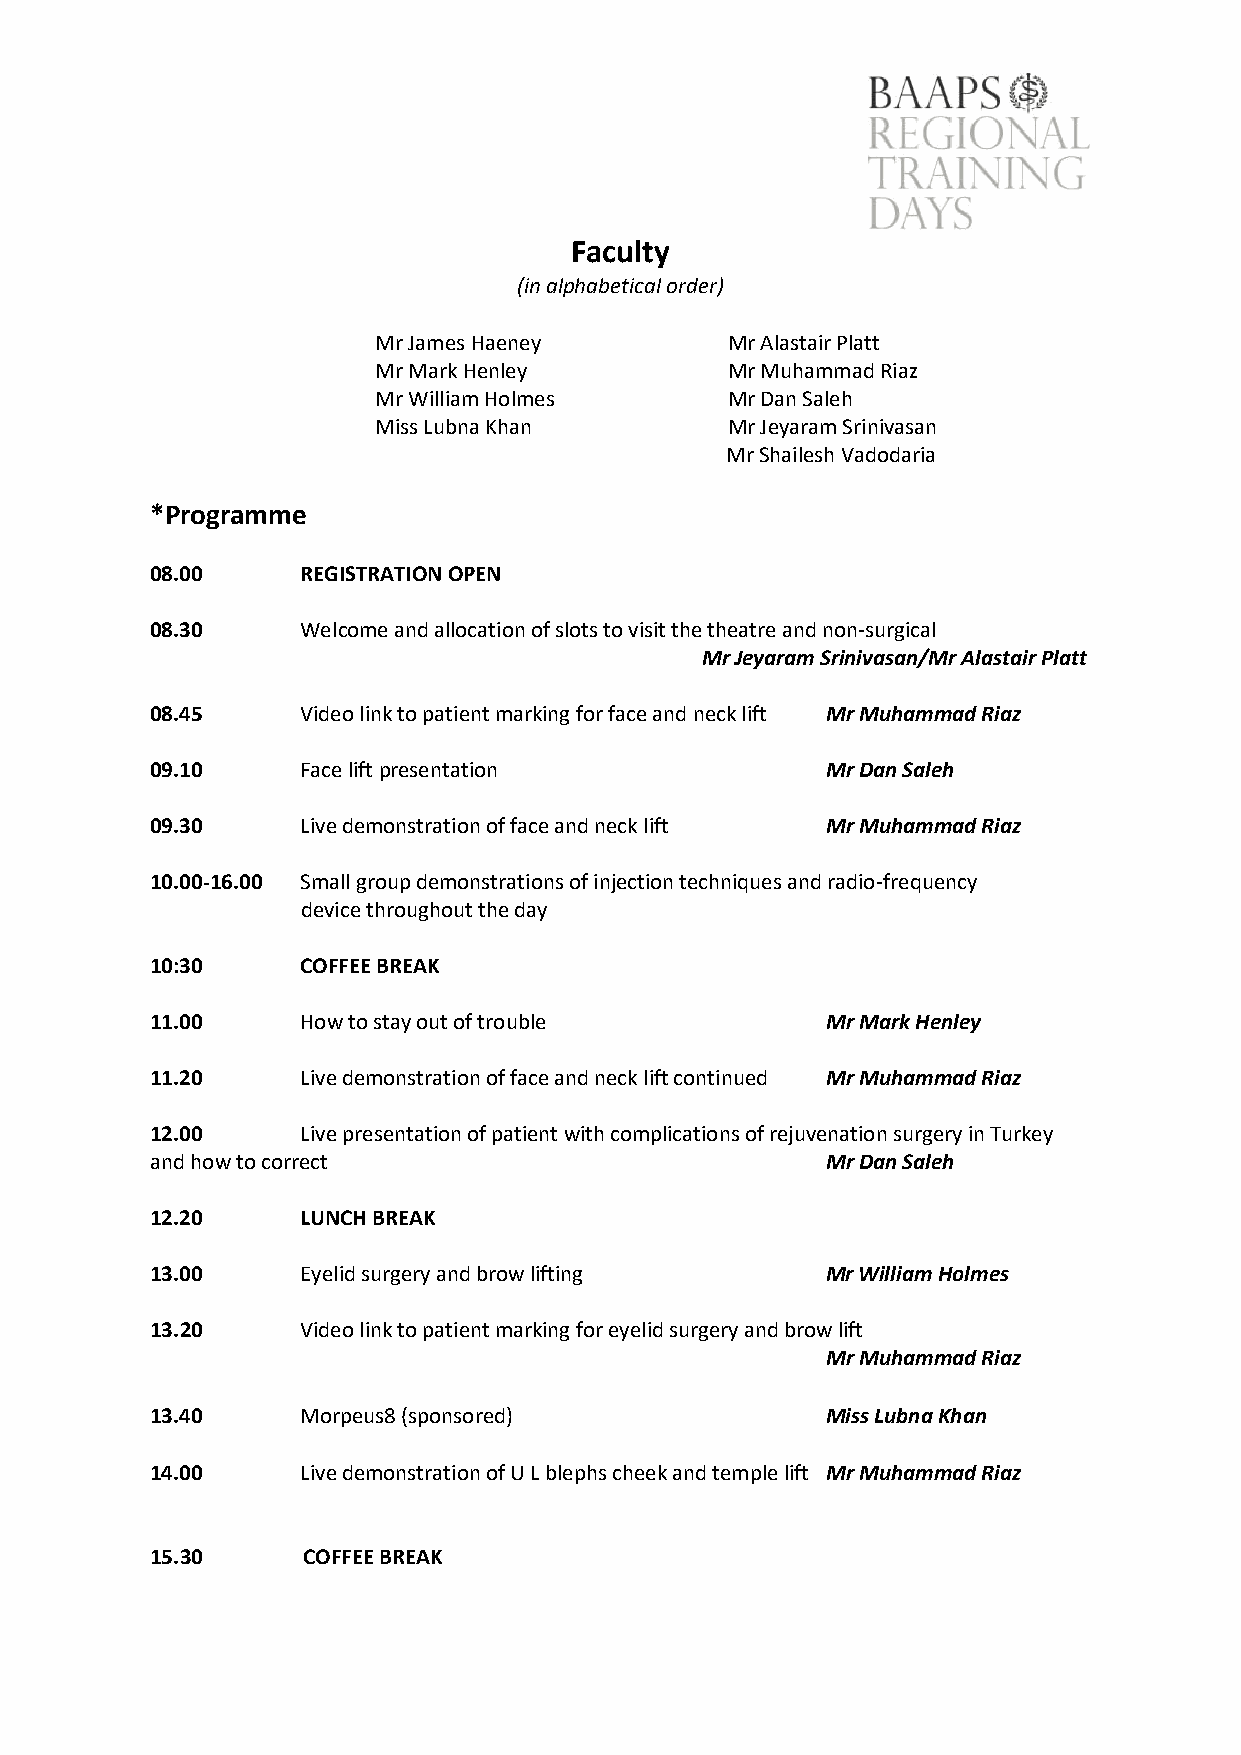
Faculty
 (in alphabetical order)
 Mr James Haeney        Mr Alastair Platt
 Mr Mark Henley         Mr Muhammad Riaz
 Mr William Holmes      Mr Dan Saleh
 Miss Lubna Khan        Mr Jeyaram Srinivasan
 Mr Shailesh Vadodaria
 *Programme
 08.00     REGISTRATION OPEN
 08.30     Welcome and allocation of slots to visit the theatre and non-surgical
 Mr Jeyaram Srinivasan/Mr Alastair Platt
 08.45     Video link to patient marking for face and neck lift Mr Muhammad Riaz
 09.10     Face lift presentation             Mr Dan Saleh
 09.30     Live demonstration of face and neck lift Mr Muhammad Riaz
 10.00-16.00 Small group demonstrations of injection techniques and radio-frequency
 device throughout the day
 10:30     COFFEE BREAK
 11.00     How to stay out of trouble         Mr Mark Henley
 11.20     Live demonstration of face and neck lift continued Mr Muhammad Riaz
 12.00     Live presentation of patient with complications of rejuvenation surgery in Turkey
 and how to correct                           Mr Dan Saleh
 12.20     LUNCH BREAK
 13.00     Eyelid surgery and brow lifting    Mr William Holmes
 13.20     Video link to patient marking for eyelid surgery and brow lift
 Mr Muhammad Riaz
 13.40     Morpeus8 (sponsored)               Miss Lubna Khan
 14.00     Live demonstration of U L blephs cheek and temple lift Mr Muhammad Riaz
 15.30     COFFEE BREAK